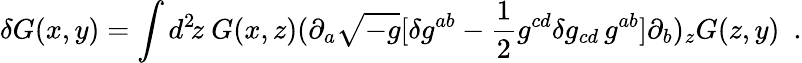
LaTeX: \delta G(x,y)=\int d^{2}\! z\ G(x,z)(\partial_{a}\sqrt{-g}[\delta g^{ab}-{\frac{1}{2}}g^{cd}\delta g_{cd}\, g^{ab}]\partial_{b})_{z}G(z,y)\ \ .